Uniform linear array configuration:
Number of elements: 64
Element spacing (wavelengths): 0.75
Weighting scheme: hamming
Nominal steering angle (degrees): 45
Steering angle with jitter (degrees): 46.882
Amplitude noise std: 0.05
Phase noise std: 0.05

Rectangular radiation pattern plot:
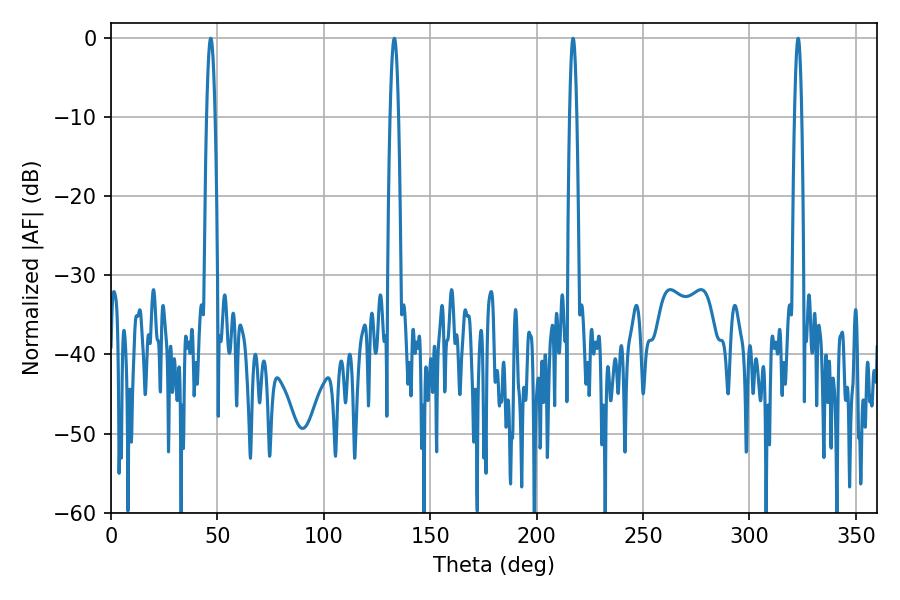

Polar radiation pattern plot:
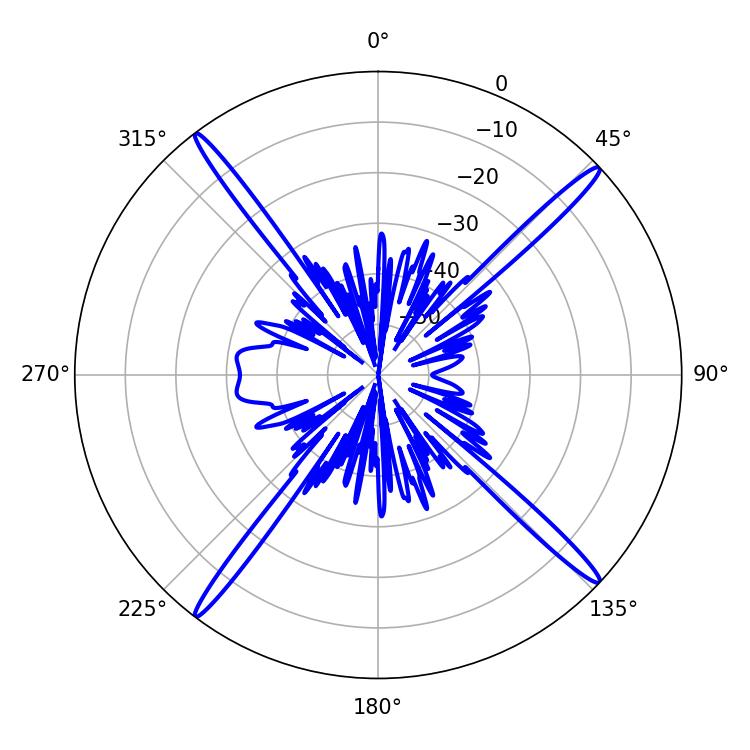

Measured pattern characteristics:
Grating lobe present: TRUE
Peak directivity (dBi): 20.565
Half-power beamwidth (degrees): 1.8
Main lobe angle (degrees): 217.08